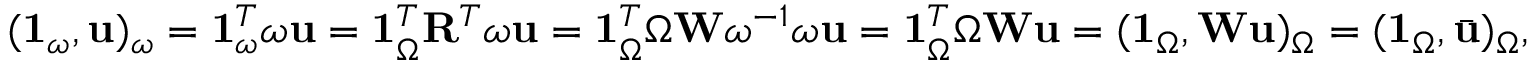
( \mathbf { 1 } _ { \omega } , \mathbf { u } ) _ { \omega } = \mathbf { 1 } _ { \omega } ^ { T } \boldsymbol { \omega } \mathbf { u } = \mathbf { 1 } _ { \Omega } ^ { T } \mathbf { R } ^ { T } \boldsymbol { \omega } \mathbf { u } = \mathbf { 1 } _ { \Omega } ^ { T } \boldsymbol { \Omega } \mathbf { W } \boldsymbol { \omega } ^ { - 1 } \boldsymbol { \omega } \mathbf { u } = \mathbf { 1 } _ { \Omega } ^ { T } \boldsymbol { \Omega } \mathbf { W } \mathbf { u } = ( \mathbf { 1 } _ { \Omega } , \mathbf { W } \mathbf { u } ) _ { \Omega } = ( \mathbf { 1 } _ { \Omega } , \bar { \mathbf { u } } ) _ { \Omega } ,